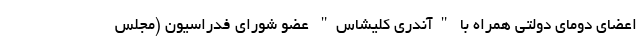
اعضای دومای دولتی همراه با "آندری کلیشاس" عضو شورای فدراسیون (مجلس